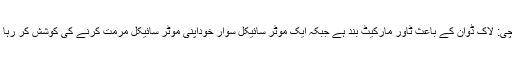
کراچی: لاک ڈوان کے باعث ٹاور مارکیٹ بند ہے جبکہ ایک موٹر سائیکل سوار خوداپنی موٹر سائیکل مرمت کرنے کی کوشش کر رہا ہے۔